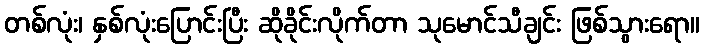
တစ်လုံး၊ နှစ်လုံးပြောင်းပြီး ဆိုခိုင်းလိုက်တာ သုမောင်သီချင်း ဖြစ်သွားရော။